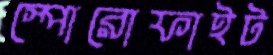
স্পোরোফাইট